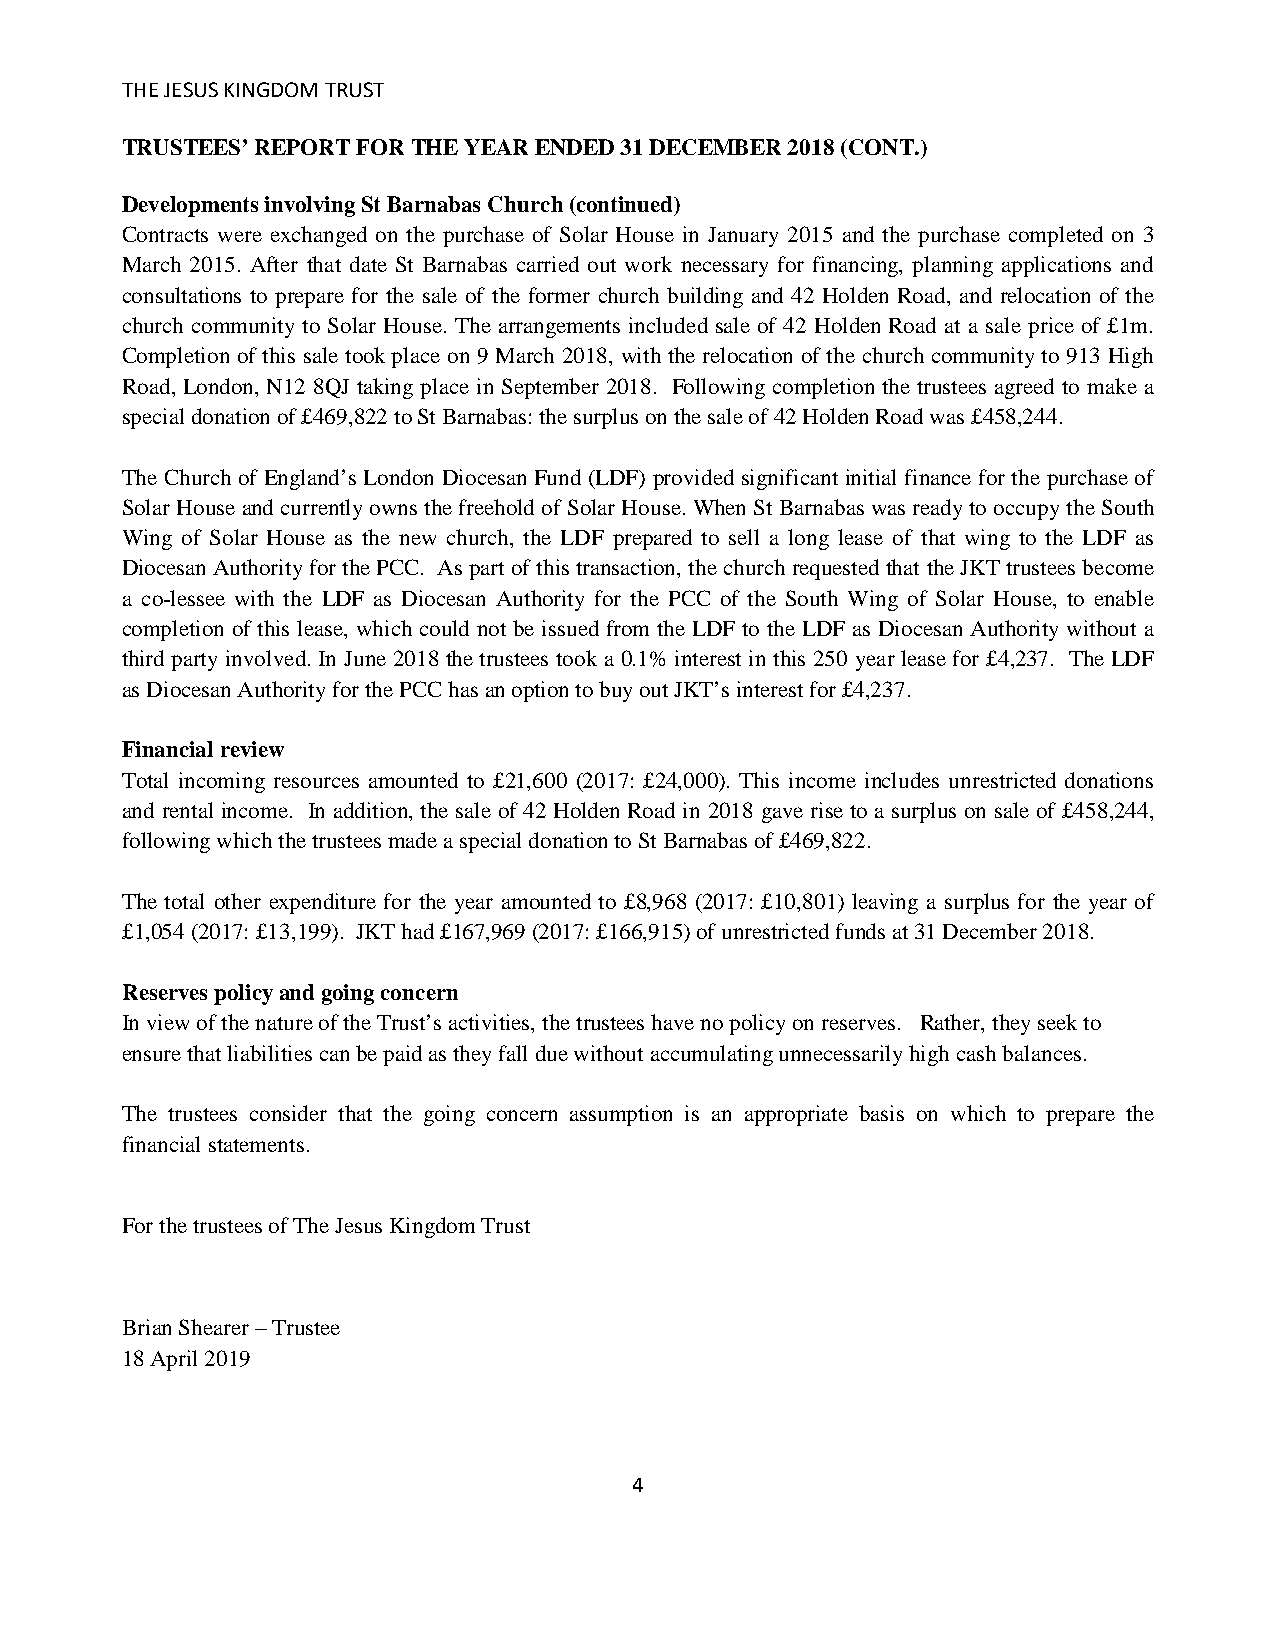
THE JESUS KINGDOM TRUST
 TRUSTEES’ REPORT FOR THE YEAR ENDED 31 DECEMBER 2018 (CONT.)
 Developments involving St Barnabas Church (continued)
 Contracts were exchanged on the purchase of Solar House in January 2015 and the purchase completed on 3
 March 2015. After that date St Barnabas carried out work necessary for financing, planning applications and
 consultations to prepare for the sale of the former church building and 42 Holden Road, and relocation of the
 church community to Solar House. The arrangements included sale of 42 Holden Road at a sale price of £1m.
 Completion of this sale took place on 9 March 2018, with the relocation of the church community to 913 High
 Road, London, N12 8QJ taking place in September 2018. Following completion the trustees agreed to make a
 special donation of £469,822 to St Barnabas: the surplus on the sale of 42 Holden Road was £458,244.
 The Church of England’s London Diocesan Fund (LDF) provided significant initial finance for the purchase of
 Solar House and currently owns the freehold of Solar House. When St Barnabas was ready to occupy the South
 Wing of Solar House as the new church, the LDF prepared to sell a long lease of that wing to the LDF as
 Diocesan Authority for the PCC. As part of this transaction, the church requested that the JKT trustees become
 a co-lessee with the LDF as Diocesan Authority for the PCC of the South Wing of Solar House, to enable
 completion of this lease, which could not be issued from the LDF to the LDF as Diocesan Authority without a
 third party involved. In June 2018 the trustees took a 0.1% interest in this 250 year lease for £4,237. The LDF
 as Diocesan Authority for the PCC has an option to buy out JKT’s interest for £4,237.
 Financial review
 Total incoming resources amounted to £21,600 (2017: £24,000). This income includes unrestricted donations
 and rental income. In addition, the sale of 42 Holden Road in 2018 gave rise to a surplus on sale of £458,244,
 following which the trustees made a special donation to St Barnabas of £469,822.
 The total other expenditure for the year amounted to £8,968 (2017: £10,801) leaving a surplus for the year of
 £1,054 (2017: £13,199). JKT had £167,969 (2017: £166,915) of unrestricted funds at 31 December 2018.
 Reserves policy and going concern
 In view of the nature of the Trust’s activities, the trustees have no policy on reserves. Rather, they seek to
 ensure that liabilities can be paid as they fall due without accumulating unnecessarily high cash balances.
 The trustees consider that the going concern assumption is an appropriate basis on which to prepare the
 financial statements.
 For the trustees of The Jesus Kingdom Trust
 Brian Shearer – Trustee
 18 April 2019
 4